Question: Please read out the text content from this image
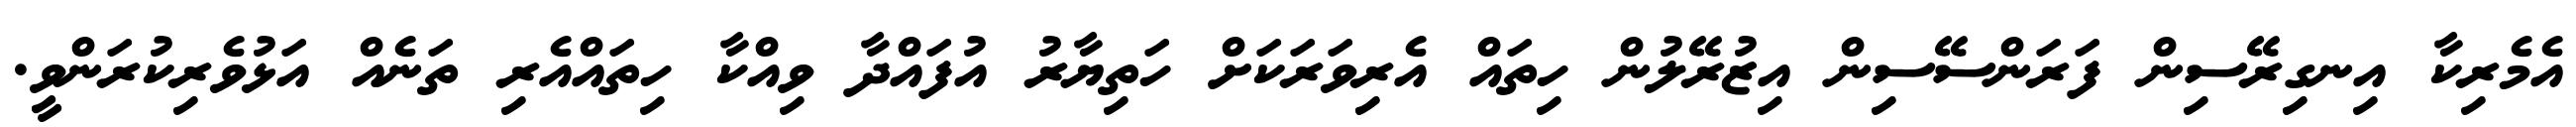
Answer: އެމެރިކާ އިނގިރޭސިން ފަރަންސޭސިން އިޒުރޭލުން ހިތައް އެރިވަރަކަށް ހަތިޔާރު އުފައްދާ ވިއްކާ ހިތައްއެރި ތަނެއް އަޅުވެރިކުރަންވީ.